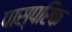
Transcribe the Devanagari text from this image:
पास्‍परिक